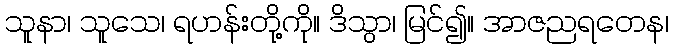
သူနာ၊ သူသေ၊ ရဟန်းတို့ကို။ ဒိသွာ၊ မြင်၍။ အာဇညရတေန၊